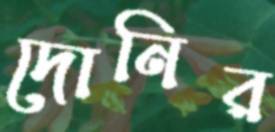
দোনির